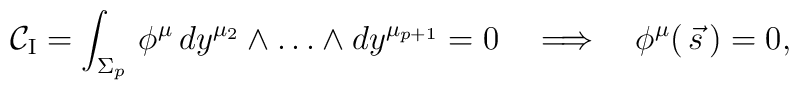
{\mathcal{C}} _{\mathrm{I}}=\int_{\Sigma _p}\, \phi^\mu \,	dy^{\mu_2}\wedge \dots\wedge	dy^{\mu_{p+1}}=0\quad\Longrightarrow\quad \phi^\mu(\,\vec s\, )=0,